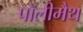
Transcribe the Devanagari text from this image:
पॉलीमैथ